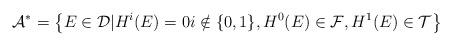
LaTeX: \begin{align*}\mathcal{A}^{*}=\left\{E\in \mathcal{D}| H^{i}(E)=0 i\notin \lbrace 0,1\rbrace, H^{0}(E)\in\mathcal{F}, H^{1}(E)\in \mathcal{T}\right\} \end{align*}